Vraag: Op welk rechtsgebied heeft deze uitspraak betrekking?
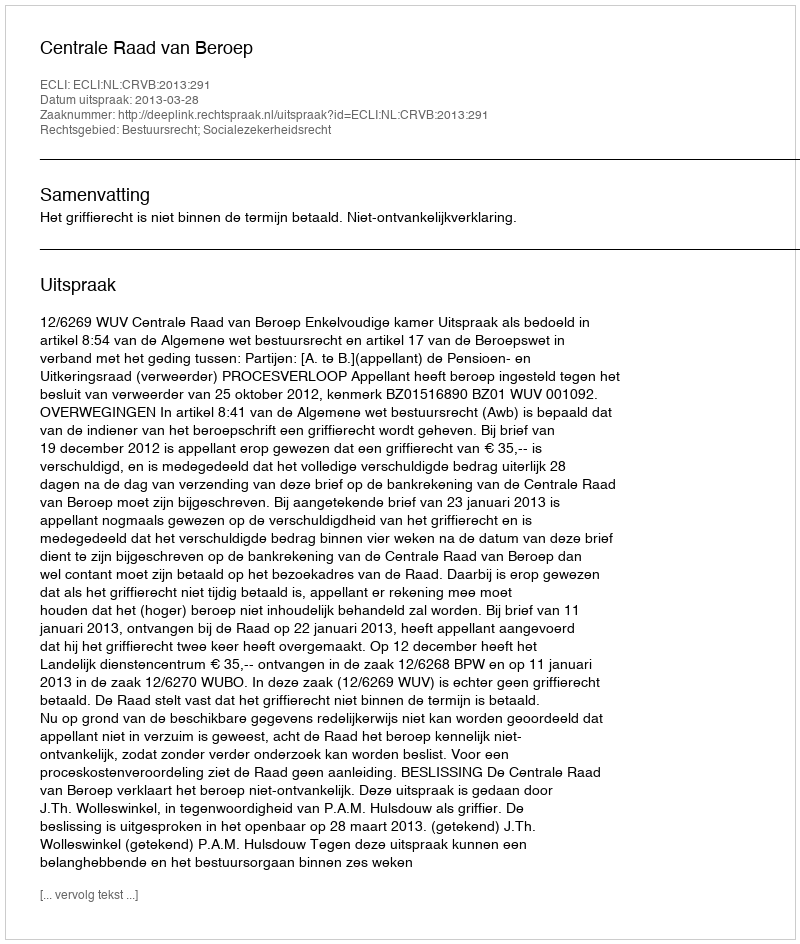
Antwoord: Bestuursrecht; Socialezekerheidsrecht